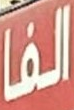
الفا